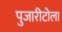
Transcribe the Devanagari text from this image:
पुजारीटोला